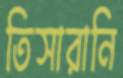
তিসারানি